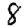
Digit: 8